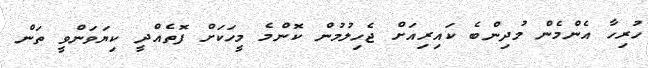
ހުރިހާ އެންމެން މުދިންބެ ކައިރިއަށް ޖެހިލުމުން ކޮންމެ މީހަކަށް ފޮތެއްދީ ކިޔަވަންވީ ތަން